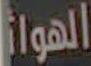
الهوان